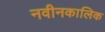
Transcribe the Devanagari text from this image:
नवीनकालिक